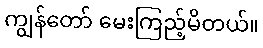
ကျွန်တော် မေးကြည့်မိတယ်။